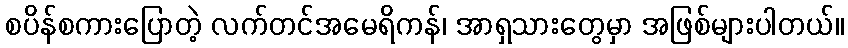
စပိန်စကားပြောတဲ့ လက်တင်အမေရိကန်၊ အာရှသားတွေမှာ အဖြစ်များပါတယ်။